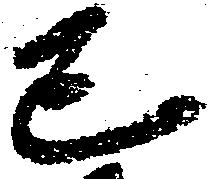
己